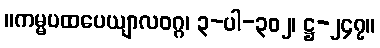
။ကမ္မပထပေယျာလဝဂ္ဂ၊ ၃-ပါ-၃၀၂၊ ဋ္ဌ-၂၄၇။